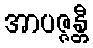
အာပဇ္ဇန္တီ